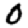
Digit: 0